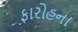
ફારોહના